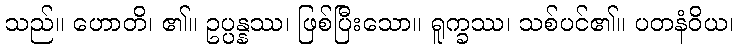
သည်။ ဟောတိ၊ ၏။ ဥပ္ပန္နဿ၊ ဖြစ်ပြီးသော။ ရူက္ခဿ၊ သစ်ပင်၏။ ပတနံဝိယ၊